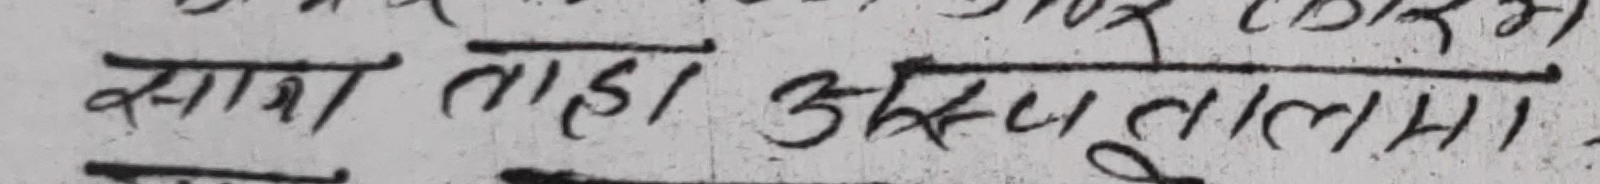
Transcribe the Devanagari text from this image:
साग ताहा अस्पतालमा